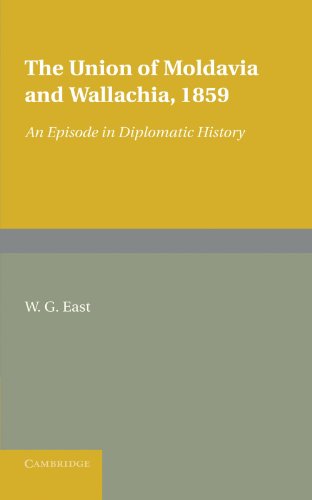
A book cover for The Union of Moldavia and Wallachia, 1859: An Episode in Diplomatic History; W. G. East; History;